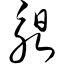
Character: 昶